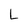
Character: L